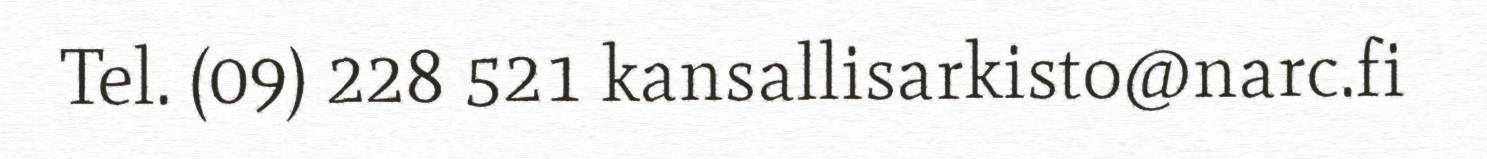
Tel. (09) 228 521 kansallisarkisto@narc.fi